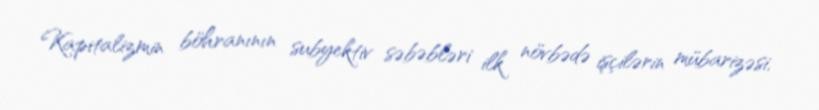
Kapitalizmin böhranının subyektiv səbəbləri ilk növbədə işçilərin mübarizəsi,